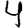
Digit: 4